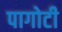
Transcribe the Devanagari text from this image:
पागोटी